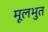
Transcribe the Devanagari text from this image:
मूलभुत